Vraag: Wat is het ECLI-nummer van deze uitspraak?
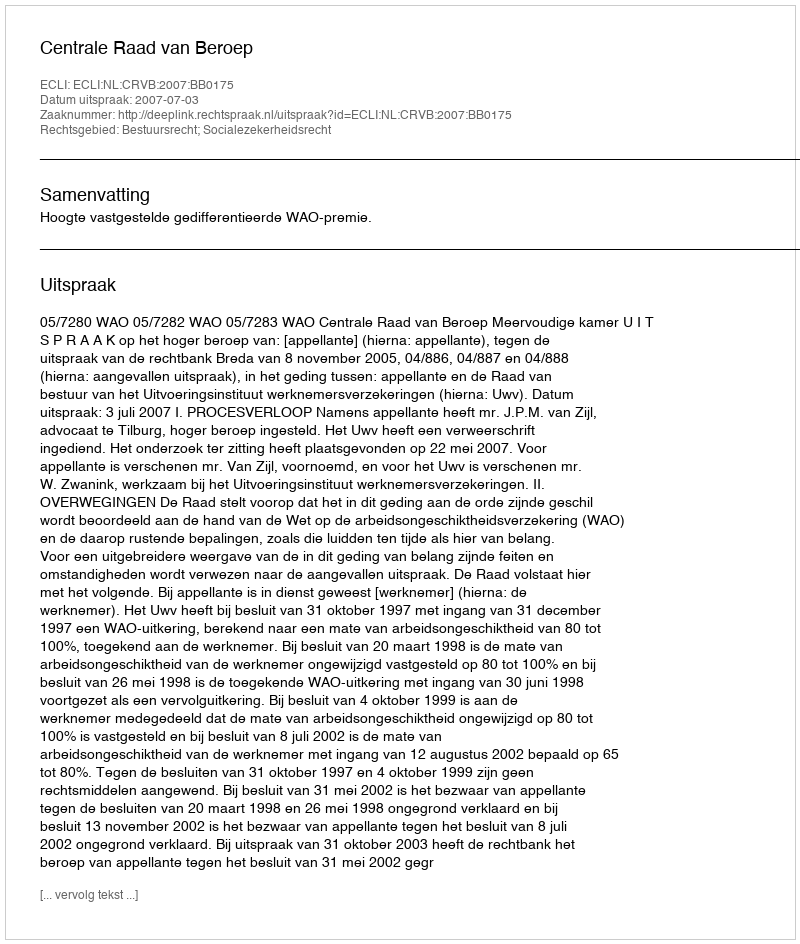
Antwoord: ECLI:NL:CRVB:2007:BB0175